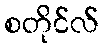
စတိုင်လ်